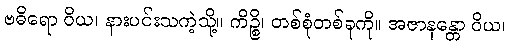
ဗဓိရော ဝိယ၊ နားပင်းသကဲ့သို့။ ကိဉ္စိ၊ တစ်စုံတစ်ခုကို။ အဇာနန္တော ဝိယ၊